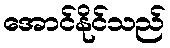
အောင်နိုင်သည်